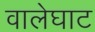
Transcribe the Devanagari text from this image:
वालेघाट